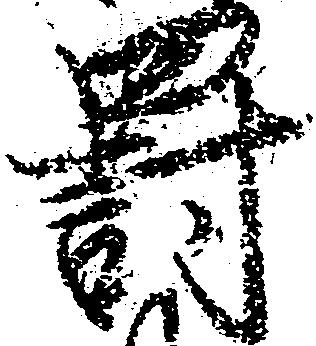
罰